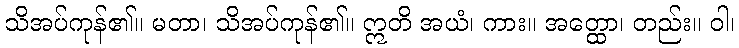
သိအပ်ကုန်၏။ မတာ၊ သိအပ်ကုန်၏။ ဣတိ အယံ၊ ကား။ အတ္ထော၊ တည်း။ ဝါ၊